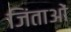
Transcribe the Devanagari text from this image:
जिंताओं